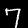
Digit: 7